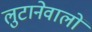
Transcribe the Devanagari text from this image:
लुटानेवालों